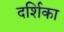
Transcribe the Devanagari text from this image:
दर्शिका